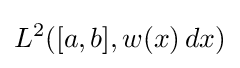
L^{2}([a,b],w(x)\,dx)